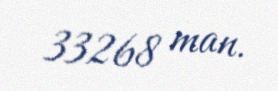
33268 man.